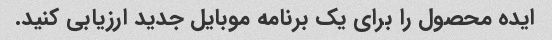
ایده محصول را برای یک برنامه موبایل جدید ارزیابی کنید.